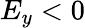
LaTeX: E_{y}<0